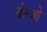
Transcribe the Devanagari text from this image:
गेल्थो